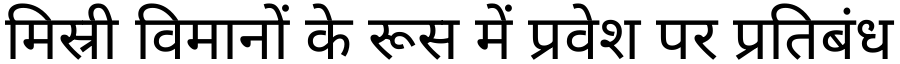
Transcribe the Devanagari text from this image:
मिस्री विमानों के रूस में प्रवेश पर प्रतिबंध